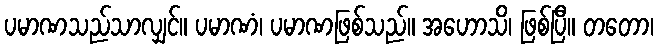
ပမာဏသည်သာလျှင်။ ပမာဏံ၊ ပမာဏဖြစ်သည်။ အဟောသိ၊ ဖြစ်ပြီ။ တတော၊